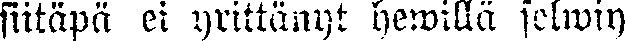
siitäpä ei yrittänyt hewillä selwiy